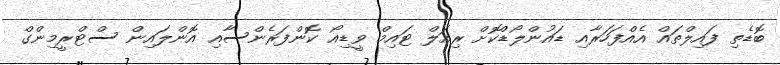
ބޮޑެތި ފައިލްތައް އެއްފަހަރާއި ޑައުންލޯޑްކޮށް ރިއަލް ޓައިމް ވީޑިއޯ ކޮންފަރެންސާއި އޮންލައިން ސްޓްރީމިންގް